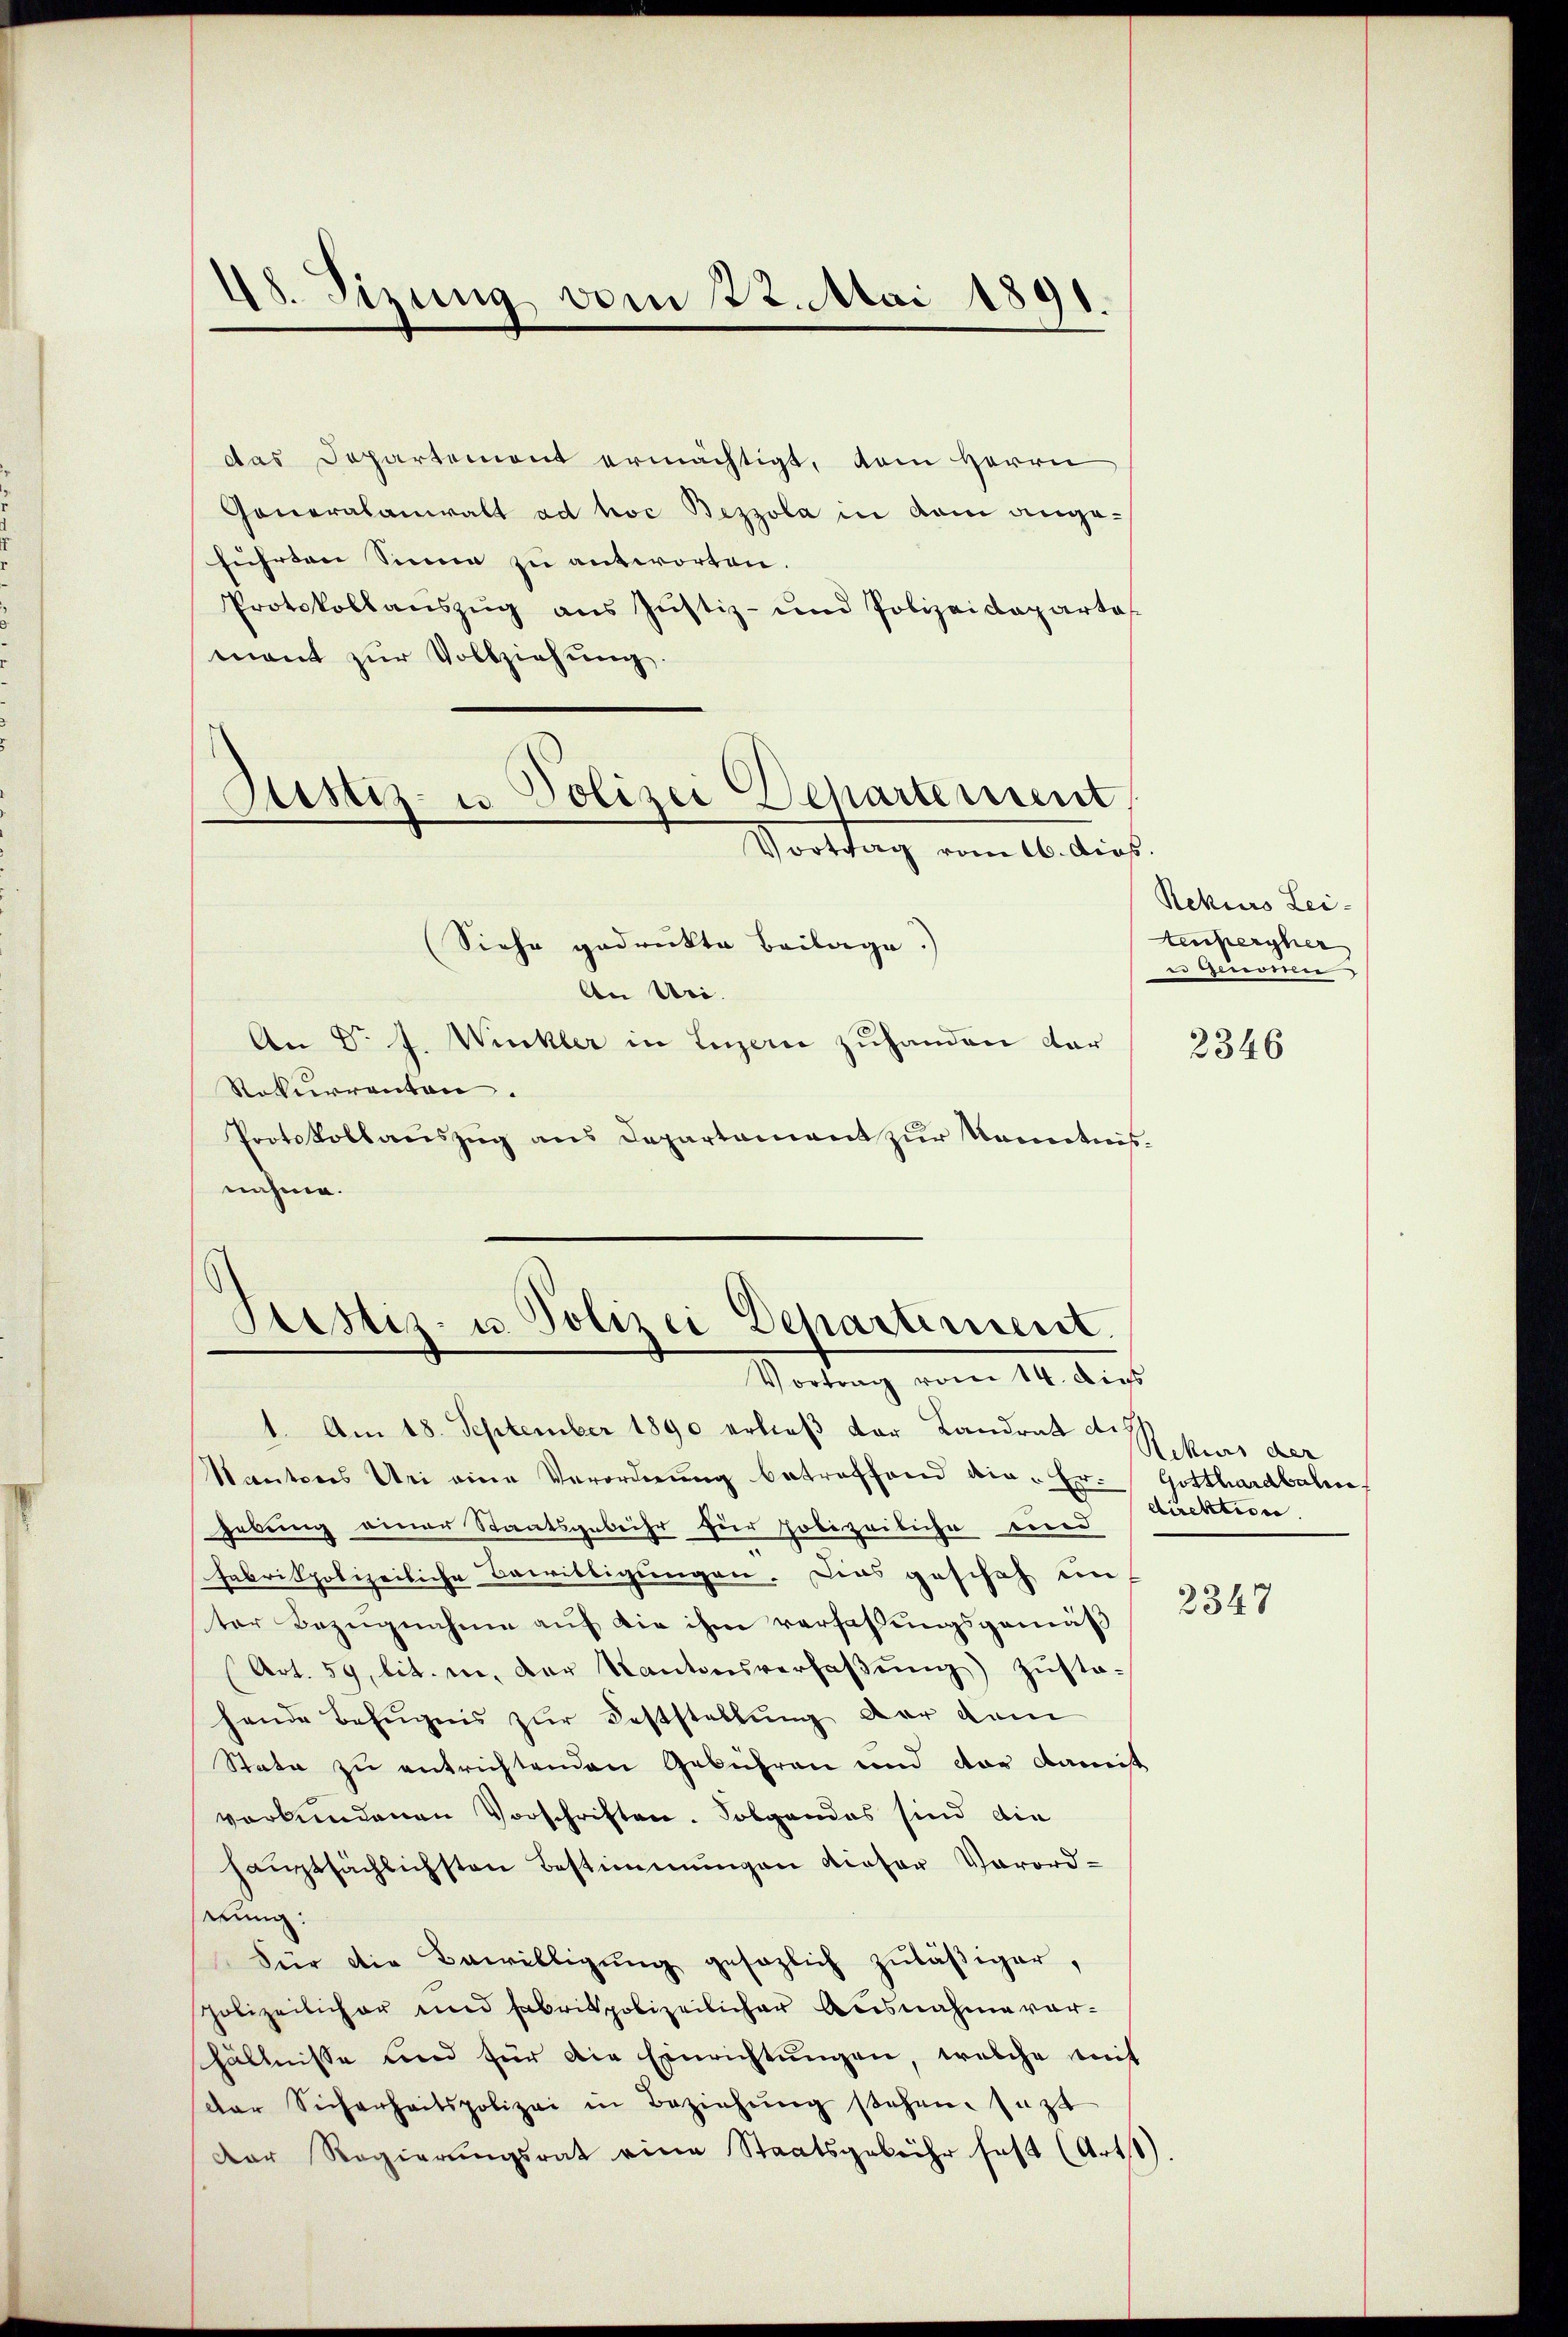
48. Sizung vom 22. Mai 1891.

das Departement ermächtigt, dem Herrn
Gonoralanwalt ad hoc Bezzola in kam angeführten Sinne zu antworten.
Protokollanszug aus Justiz- und Polizeideparta
mont zur Vollziehung.
(Siehe gedrukte Beilage.)
An Uri.
An Dr J. Wickler in Luzern zuhanden dar
Rekurrenten.
Protokollauszug aus Departament zur Kenntnißnahme.

Justiz- u Polizei Departement.
e
Vortrag vom 16. Ausf

Stestiz- u. Polizei Departement.
Vortrag vom 14. dies

1. Am 18. September 1890 erließ der Landrat diff
Kantones Uri eine Verordnung betreffend die-Er-Gotthardbahn
gebung einer Staatsgebühr für Polizeiliche einer
Fabrikpolizeiliche Bewilligungen. Dies gescheh un-
ter Bezugnahme auf die ihm verfassungsgemäß
(Art. 59, lit. in der Kantonsverhaβŭng) zustahende Befugnis zŭr Feststellŭng der dam
Stata zu entrichtenden Gebühren und der Damit
verbundenen Vorschriften. Folgendes sind die
haŭptsächlichsten Bestimmungen dieser Verord-
wung:
Für die Bewilligŭng gesezlich zuläßiger,
polizeilicher und Fabrikpolizeilicher Ausnahme vorhältnisse und für die Einrichtungen, welche mit
der Sicherheitspolizei in Beziehŭng stehen. Jezt
Der Regierŭngsrat eine Staatsgebühr fast (Arts)

Rekurs Lei-
Aenpergher
es geworden

2346

Rekurs der
direktione.

2347